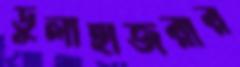
ডুলাহাজরার